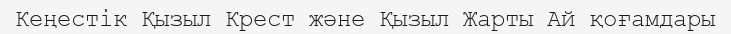
Кеңестік Қызыл Крест және Қызыл Жарты Ай қоғамдары